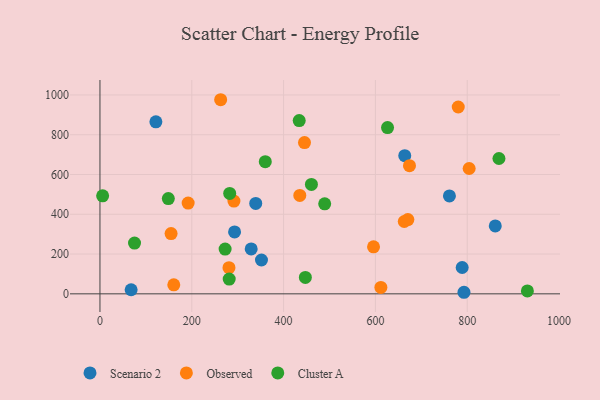
{"axis": {"x": "Speed", "y": "Fuel Efficiency"}, "legend": ["Cluster A", "Observed", "Scenario 2"], "data": [{"x": "67.9", "y": 20.4, "type": "Scenario 2"}, {"x": "121.8", "y": 864.9, "type": "Scenario 2"}, {"x": "351.8", "y": 170.0, "type": "Scenario 2"}, {"x": "861.1", "y": 341.5, "type": "Scenario 2"}, {"x": "792.9", "y": 7.8, "type": "Scenario 2"}, {"x": "663.9", "y": 694.7, "type": "Scenario 2"}, {"x": "339.3", "y": 454.4, "type": "Scenario 2"}, {"x": "293.2", "y": 311.3, "type": "Scenario 2"}, {"x": "329.4", "y": 225.9, "type": "Scenario 2"}, {"x": "761.2", "y": 492.2, "type": "Scenario 2"}, {"x": "789.0", "y": 132.4, "type": "Scenario 2"}, {"x": "262.9", "y": 976.1, "type": "Observed"}, {"x": "611.9", "y": 32.2, "type": "Observed"}, {"x": "281.0", "y": 131.5, "type": "Observed"}, {"x": "154.9", "y": 302.8, "type": "Observed"}, {"x": "445.5", "y": 760.4, "type": "Observed"}, {"x": "160.8", "y": 45.2, "type": "Observed"}, {"x": "804.2", "y": 630.3, "type": "Observed"}, {"x": "291.8", "y": 466.3, "type": "Observed"}, {"x": "670.7", "y": 373.6, "type": "Observed"}, {"x": "192.1", "y": 456.6, "type": "Observed"}, {"x": "435.3", "y": 494.8, "type": "Observed"}, {"x": "595.9", "y": 236.4, "type": "Observed"}, {"x": "780.4", "y": 939.4, "type": "Observed"}, {"x": "662.8", "y": 363.6, "type": "Observed"}, {"x": "674.2", "y": 644.3, "type": "Observed"}, {"x": "148.9", "y": 478.8, "type": "Cluster A"}, {"x": "434.0", "y": 871.2, "type": "Cluster A"}, {"x": "931.0", "y": 14.6, "type": "Cluster A"}, {"x": "447.4", "y": 82.3, "type": "Cluster A"}, {"x": "281.5", "y": 74.0, "type": "Cluster A"}, {"x": "869.1", "y": 680.6, "type": "Cluster A"}, {"x": "282.6", "y": 505.1, "type": "Cluster A"}, {"x": "272.6", "y": 225.0, "type": "Cluster A"}, {"x": "5.8", "y": 492.9, "type": "Cluster A"}, {"x": "75.3", "y": 255.0, "type": "Cluster A"}, {"x": "626.4", "y": 836.1, "type": "Cluster A"}, {"x": "489.5", "y": 452.5, "type": "Cluster A"}, {"x": "360.1", "y": 664.8, "type": "Cluster A"}, {"x": "460.6", "y": 550.2, "type": "Cluster A"}]}